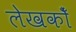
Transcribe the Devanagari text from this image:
लेखकोँ